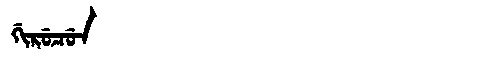
Manchu: ᡤᡳᡵᡠᠴᡠᠨ
Romanization: GIRUCUN